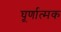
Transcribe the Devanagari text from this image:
घूर्णात्मक